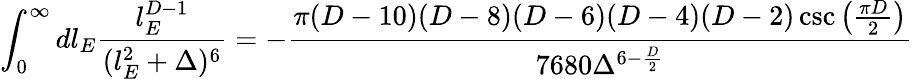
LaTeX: \int_{0}^{\infty}dl_{E}\frac{l_{E}^{D-1}}{(l_{E}^{2}+\Delta)^{6}}=-\frac{\pi(D-10)(D-8)(D-6)(D-4)(D-2)\csc\big(\frac{\pi D}{2}\big)}{7680\Delta^{6-\frac{D}{2}}}